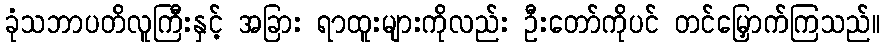
ခုံသဘာပတိလူကြီးနှင့် အခြား ရာထူးများကိုလည်း ဦးတော်ကိုပင် တင်မြှောက်ကြသည်။